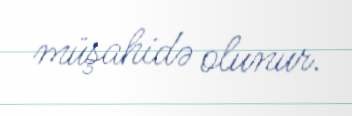
müşahidə olunur.